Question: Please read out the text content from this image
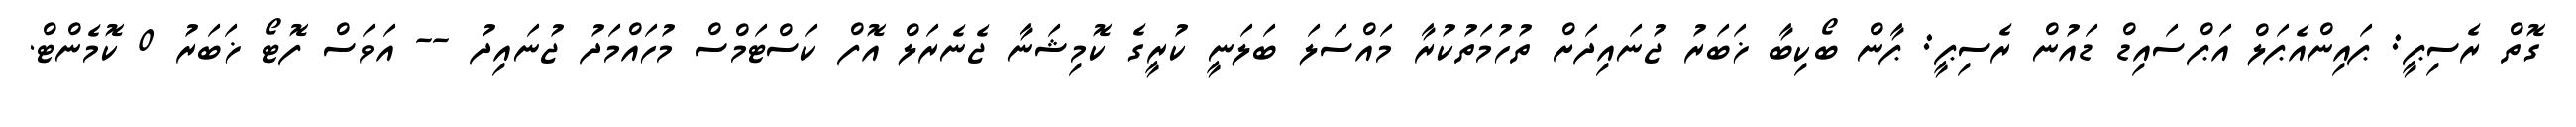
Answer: ގޮތް ރެސިޕީ: ޕައިންއެޕަލް އަޕްސައިޑް ޑައުން ރެސިޕީ: ޕާން ބޯކިބާ ޚަބަރު ޖުނައިދަށް ތުހުމަތުކުރާ މައްސަލަ ބަލަނީ ކުރީގެ ކޮމިޝަނާ ޖެނެރަލް އޮފް ކަސްޓަމްސް މުހައްމަދު ޖުނައިދު -- އަވަސް ފޮޓޯ ޚަބަރު 0 ކޮމެންޓް.